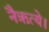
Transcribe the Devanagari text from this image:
नैऋत्ये।